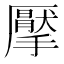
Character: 擪